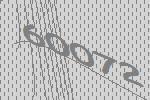
60072